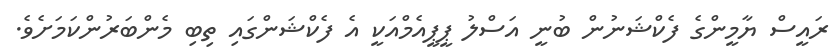
ރައީސް ޔާމީންގެ ފެކްޝަނުން ބުނީ އަސްލު ޕީޕީއެމްއަކީ އެ ފެކްޝަންގައި ތިބި މެންބަރުންކަމަށެވެ.